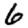
Digit: 6